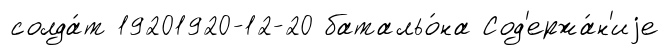
солда́т 19201920-12-20 батальо́на Сод'ержа́н'иjе